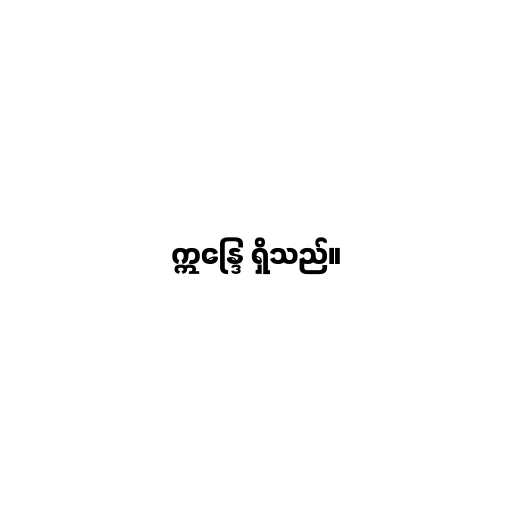
ဣန္ဒြေ ရှိသည်။